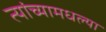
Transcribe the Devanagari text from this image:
त्यांच्यामधल्या